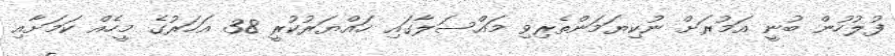
ފުލުހުން ބުނީ އަމުރަށް ނުކިޔަމަންތެރިވި މައްސަލާގައި ހައްޔަރުކުރީ 38 އަހަރުގެ މީހެއް ކަަމަށާއި